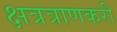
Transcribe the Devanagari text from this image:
क्षत्रत्राणकरी